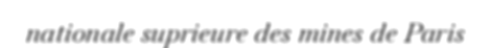
nationale suprieure des mines de Paris